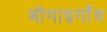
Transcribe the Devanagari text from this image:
बोंगाइगाँव